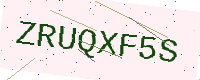
Text: ZRUQXF5S